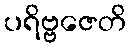
ပရိဗ္ဗဇေတိ